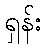
ရှန်း